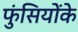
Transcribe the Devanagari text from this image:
फुंसियोंके